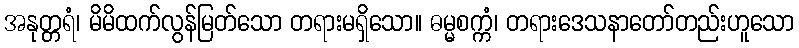
အနုတ္တရံ၊ မိမိထက်လွန်မြတ်သော တရားမရှိသော။ ဓမ္မစက္ကံ၊ တရားဒေသနာတော်တည်းဟူသော